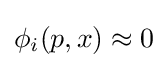
\phi _{i}(p,x)\approx 0